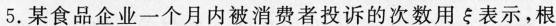
5.某食品企业一个月内被消费者投诉的次数用ξ表示，根